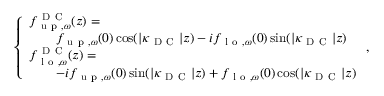
\begin{array} { r } { \left\{ \begin{array} { l l } { { f } _ { \mathrm { ~ u ~ p ~ } , \omega } ^ { \mathrm { ~ D ~ C ~ } } ( z ) = } \\ { \quad \quad { f } _ { \mathrm { ~ u ~ p ~ } , \omega } ( 0 ) \cos ( | \kappa _ { \mathrm { ~ D ~ C ~ } } | z ) - i { f } _ { \mathrm { ~ l ~ o ~ } , \omega } ( 0 ) \sin ( | \kappa _ { \mathrm { ~ D ~ C ~ } } | z ) } \\ { { f } _ { \mathrm { ~ l ~ o ~ } , \omega } ^ { \mathrm { ~ D ~ C ~ } } ( z ) = } \\ { \quad \quad - i { f } _ { \mathrm { ~ u ~ p ~ } , \omega } ( 0 ) \sin ( | \kappa _ { \mathrm { ~ D ~ C ~ } } | z ) + { f } _ { \mathrm { ~ l ~ o ~ } , \omega } ( 0 ) \cos ( | \kappa _ { \mathrm { ~ D ~ C ~ } } | z ) } \end{array} \right. , } \end{array}